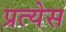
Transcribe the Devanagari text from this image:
प्रत्येस